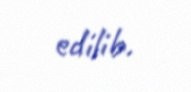
edilib.